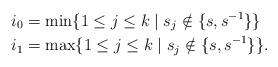
LaTeX: \begin{align*} i_0&=\min \{1\leq j\leq k\mid s_j\notin \{s,s^{-1}\}\}\\i_1&=\max \{1\leq j\leq k\mid s_j\notin \{s,s^{-1}\}\}.\end{align*}